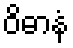
ဝိဓာနံ